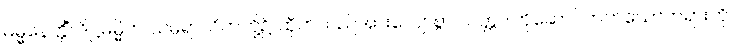
ဓမ္မနေတ္တိံ၊ ဒိဋ္ဌဓမ္မိက သမ္ပရာယိကတို့၌ ထိုက်သည်အားလျော်စွာ သတ္တဝါကိုဆောင်တတ်သောတရားကို။